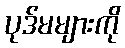
ပုဒ်မများကို